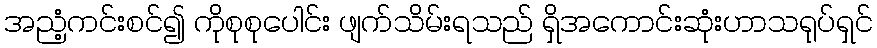
အညံ့ကင်းစင်၍ ကိုစုစုပေါင်း ဖျက်သိမ်းရသည် ရှိအကောင်းဆုံးဟာသရုပ်ရှင်